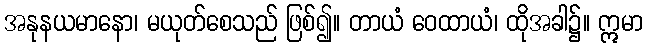
အနုနယမာနော၊ မယုတ်စေသည် ဖြစ်၍။ တာယံ ဝေထာယံ၊ ထိုအခါ၌။ ဣမာ